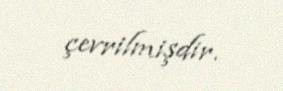
çevrilmişdir.